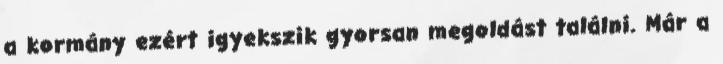
a kormány ezért igyekszik gyorsan megoldást találni. Már a